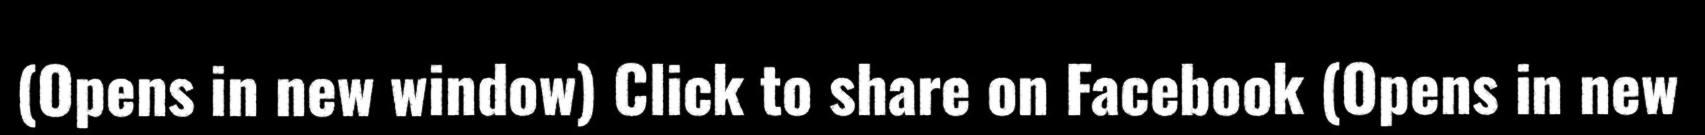
(Opens in new window) Click to share on Facebook (Opens in new